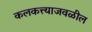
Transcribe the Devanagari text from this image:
कलकत्त्याजवळील